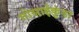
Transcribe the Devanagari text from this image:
गोसाईकुंडा